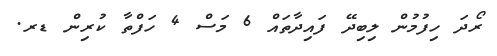
ރޯދަ ހިފުމުން ލިބިދޭ ފައިދާތައް 6 މަސް 4 ހަފްތާ ކުރިން ޑރ.